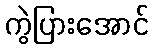
ကွဲပြားအောင်